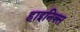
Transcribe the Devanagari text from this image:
हाइनिक्स